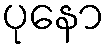
ပုနော